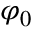
{ \varphi _ { 0 } }